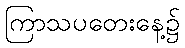
ကြာသပတေးနေ့၌